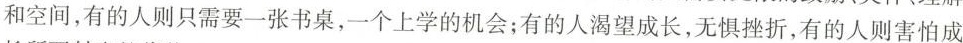
和空间，有的人则只需要一张书桌，一个上学的机会；有的人渴望成长，无惧挫折，有的人则害怕成